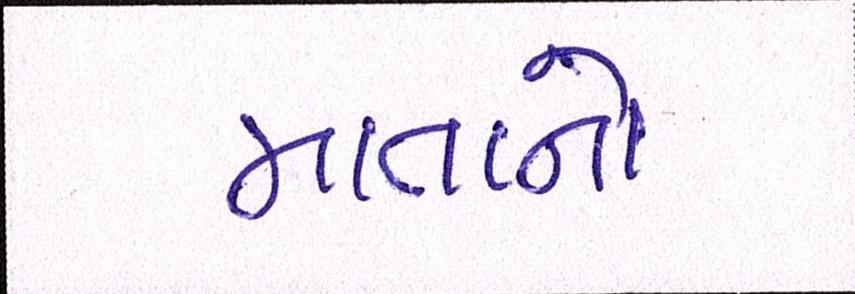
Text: માતાનો